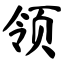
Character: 领